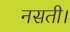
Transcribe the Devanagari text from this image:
नसती।